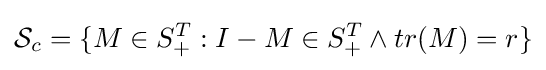
{\mathcal {S}}_{c}=\{M\in S_{+}^{T}:I-M\in S_{+}^{T}\land tr(M)=r\}